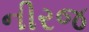
નીરજ